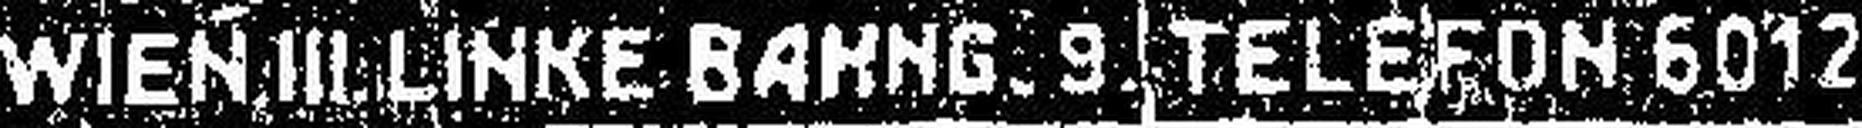
WIEN III. LINKE BAHNG. 9 TELEFON 6012